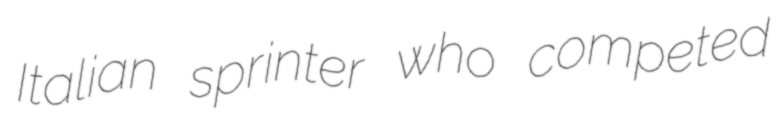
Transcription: Italian sprinter who competed